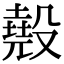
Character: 𣫁